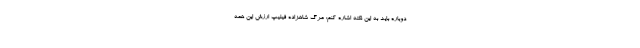
دوباره باید به این نکته اشاره کنم: مرگ شاهزاده فیلیپ ارزش این همه